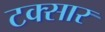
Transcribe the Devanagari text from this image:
टक्सार